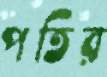
পতির